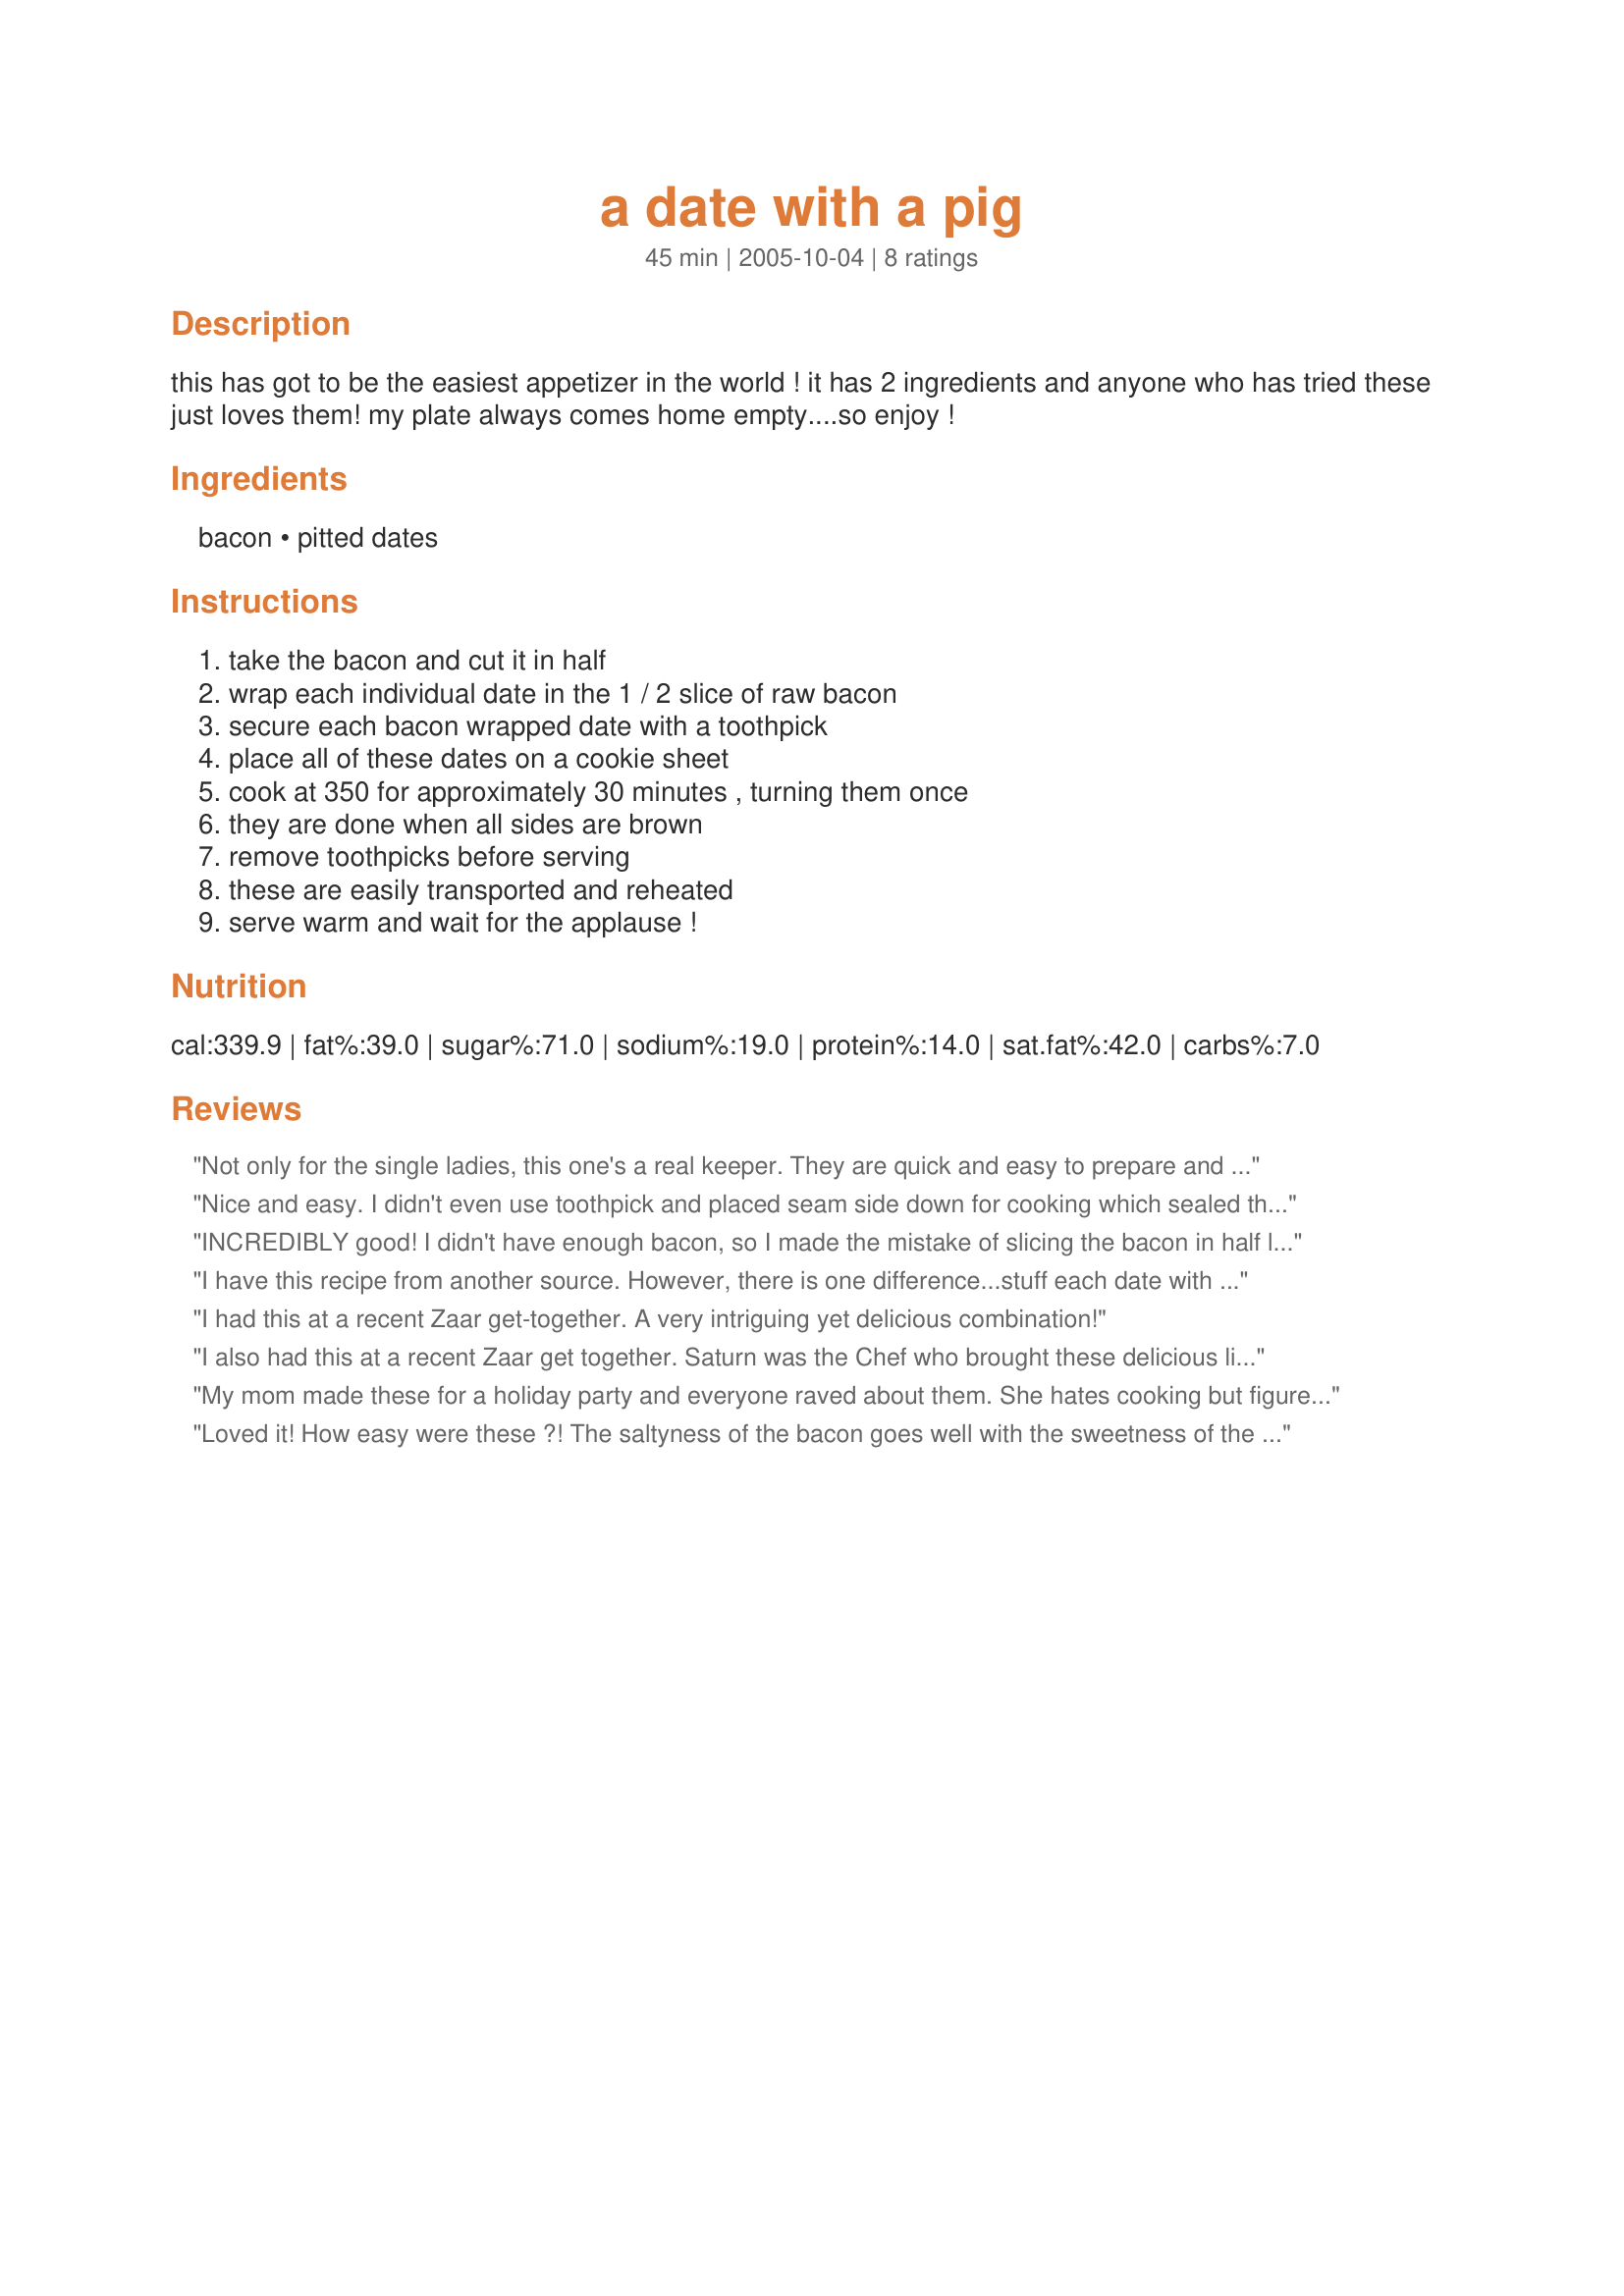
a date with a pig
Preparation time: 45 minutes

this has got to be the easiest appetizer in the world ! it has 2 ingredients and anyone who has tried these just loves them! my plate always comes home empty....so enjoy !

Ingredients:
bacon, pitted dates

Steps:
take the bacon and cut it in half, wrap each individual date in the 1 / 2 slice of raw bacon, secure each bacon wrapped date with a toothpick, place all of these dates on a cookie sheet, cook at 350 for approximately 30 minutes , turning them once, they are done when all sides are brown, remove toothpicks before serving, these are easily transported and reheated, serve warm and wait for the applause !

Reviews:
Not only for the single ladies, this one's a real keeper. They are quick and easy to prepare and no one believed that I actually made them. People couldn't figure out what the other ingredient was besides the bacon. It was the first date with a pig that I actually enjoyed.
Nice and easy. I didn't even use toothpick and placed seam side down for cooking which sealed the edge nicely.
INCREDIBLY good! I didn't have enough bacon, so I made the mistake of slicing the bacon in half lengthwise and using 1/4 piece on each date. Not a good idea. A full 1/2 is necessary to cover the date and allow for shrinkage.**Next time I may precook the bacon slightly, wrap it around the date and continue baking until crisp. This will speed up the baking time. Thanks cfletcher! Made for Tgiving.
I have this recipe from another source. However, there is one difference...stuff each date with a whole pecan. This appetizer is always a hit!
I had this at a recent Zaar get-together. A very intriguing yet delicious combination!
I also had this at a recent Zaar get together. Saturn was the Chef who brought these delicious little suckers!
They were GOOD! I don't even like dates, but, you know, bacon makes everything better LOL!
Thanks for a great surprise appy that I will be making as well!
My mom made these for a holiday party and everyone raved about them. She hates cooking but figured with only 2 ingredients she could handle this one. She was right... they were delicious.
Loved it! How easy were these ?! The saltyness of the bacon goes well with the sweetness of the dates. DH liked them less but he's not a fan of fruit in general, so he can miss out and more for me LOL. Please see my Rating System: a wonderful 4 stars for a very tasty recipe. Thanks!
